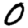
Digit: 0